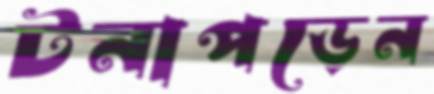
টনাপড়েন